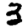
Digit: 3